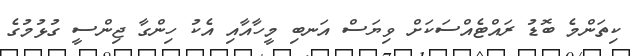
ކިތަންމެ ބޮޑު ރައްޓެއްސަކަށް ވިޔަސް އަނބި މީހާއާއި އެކު ހިންގާ ޖިންސީ ގުޅުމުގެ